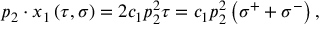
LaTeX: p _ { 2 } \cdot x _ { 1 } \left( \tau , \sigma \right) = 2 c _ { 1 } p _ { 2 } ^ { 2 } \tau = c _ { 1 } p _ { 2 } ^ { 2 } \left( \sigma ^ { + } + \sigma ^ { - } \right) ,